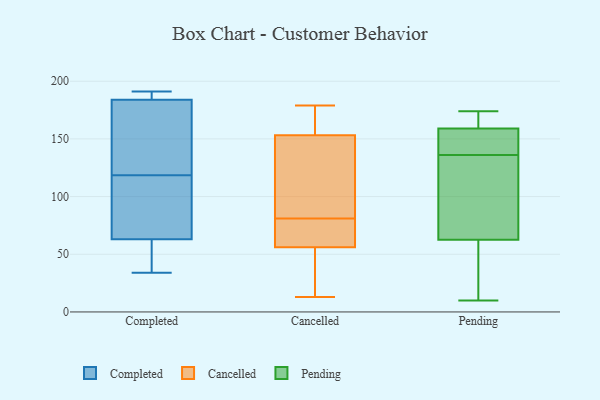
{"axis": {"x": "Tickets Resolved", "y": "Value"}, "legend": ["Cancelled", "Completed", "Pending"], "data": [{"x": "", "y": 187, "type": "Completed"}, {"x": "", "y": 186, "type": "Completed"}, {"x": "", "y": 63, "type": "Completed"}, {"x": "", "y": 118, "type": "Completed"}, {"x": "", "y": 111, "type": "Completed"}, {"x": "", "y": 119, "type": "Completed"}, {"x": "", "y": 184, "type": "Completed"}, {"x": "", "y": 34, "type": "Completed"}, {"x": "", "y": 130, "type": "Completed"}, {"x": "", "y": 191, "type": "Completed"}, {"x": "", "y": 52, "type": "Completed"}, {"x": "", "y": 124, "type": "Completed"}, {"x": "", "y": 53, "type": "Completed"}, {"x": "", "y": 74, "type": "Completed"}, {"x": "", "y": 154, "type": "Cancelled"}, {"x": "", "y": 59, "type": "Cancelled"}, {"x": "", "y": 179, "type": "Cancelled"}, {"x": "", "y": 166, "type": "Cancelled"}, {"x": "", "y": 58, "type": "Cancelled"}, {"x": "", "y": 106, "type": "Cancelled"}, {"x": "", "y": 68, "type": "Cancelled"}, {"x": "", "y": 30, "type": "Cancelled"}, {"x": "", "y": 123, "type": "Cancelled"}, {"x": "", "y": 153, "type": "Cancelled"}, {"x": "", "y": 147, "type": "Cancelled"}, {"x": "", "y": 28, "type": "Cancelled"}, {"x": "", "y": 81, "type": "Cancelled"}, {"x": "", "y": 156, "type": "Cancelled"}, {"x": "", "y": 76, "type": "Cancelled"}, {"x": "", "y": 13, "type": "Cancelled"}, {"x": "", "y": 50, "type": "Cancelled"}, {"x": "", "y": 168, "type": "Pending"}, {"x": "", "y": 149, "type": "Pending"}, {"x": "", "y": 165, "type": "Pending"}, {"x": "", "y": 35, "type": "Pending"}, {"x": "", "y": 160, "type": "Pending"}, {"x": "", "y": 144, "type": "Pending"}, {"x": "", "y": 146, "type": "Pending"}, {"x": "", "y": 40, "type": "Pending"}, {"x": "", "y": 123, "type": "Pending"}, {"x": "", "y": 128, "type": "Pending"}, {"x": "", "y": 158, "type": "Pending"}, {"x": "", "y": 27, "type": "Pending"}, {"x": "", "y": 82, "type": "Pending"}, {"x": "", "y": 174, "type": "Pending"}, {"x": "", "y": 150, "type": "Pending"}, {"x": "", "y": 61, "type": "Pending"}, {"x": "", "y": 10, "type": "Pending"}, {"x": "", "y": 128, "type": "Pending"}, {"x": "", "y": 64, "type": "Pending"}, {"x": "", "y": 169, "type": "Pending"}]}